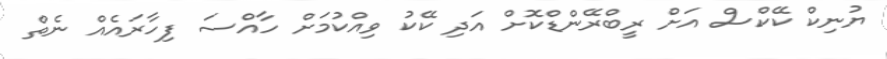
ޔުނިކް ކޭކްސް އަށް ރީބްރޭންޑްކޮށް އަދި ކޭކު ވިއްކުމަށް ހާއްސަ ފިހާރައެއް ނެތް